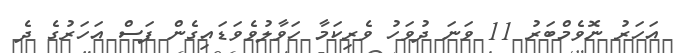
އަހަރު ނޮވެމްބަރު 11 ވަނަ ދުވަހު ވެރިކަމާ ހަވާލުވެވަޑައިގެން ފަސް އަހަރުގެ ދެ